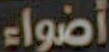
أضواء